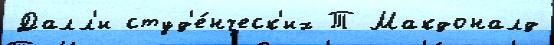
Далл'и студ'е́нческ'их Т Макдоналд